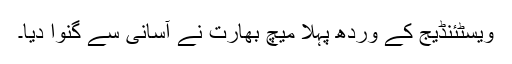
ویسٹئنڈیج کے وردھ پہلا میچ بھارت نے آسانی سے گنوا دیا۔